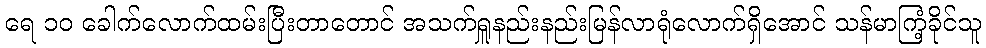
ရေ ၁၀ ခေါက်လောက်ထမ်းပြီးတာတောင် အသက်ရှူနည်းနည်းမြန်လာရုံလောက်ရှိအောင် သန်မာကြံ့ခိုင်သူ